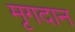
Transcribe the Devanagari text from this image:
मृगदान